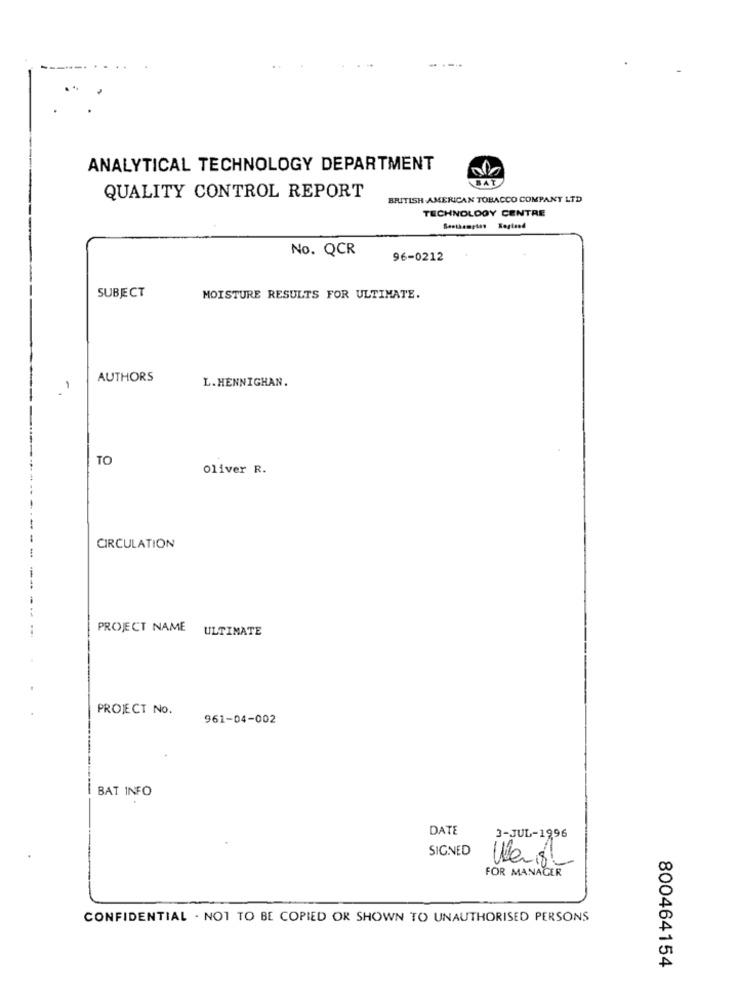
ANALYTICAL TECHNOLOGY DEPARTMENT
QUALITY CONTROL REPORT
BRITISH AMERICAN TOBACCO COMPANY LTD
TECHNOLOGY CENTRE
No. QCR
96-0212
SUBECT
MOISTURE RESULTS FOR ULTIMATE.
AUTHORS
L. HENNIGHAN.
TO
Oliver R.
CIRCULATION
PROJECT NAME ULTIMATE
PROJECT No.
961-04-002
BAT INFO
DATE
3-JUL-1996
SIGNED
FOR MANACER
CONFIDENTIAL . NOT TO BE COPIED OR SHOWN TO UNAUTHORISED PERSONS
800464154